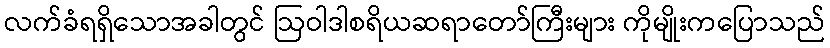
လက်ခံရရှိသောအခါတွင် ဩဝါဒါစရိယဆရာတော်ကြီးများ ကိုမျိုးကပြောသည်